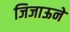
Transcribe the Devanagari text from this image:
जिजाऊने